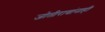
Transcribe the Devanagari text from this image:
जोतीरावांनाही